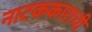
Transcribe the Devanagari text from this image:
नाटककाराची